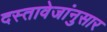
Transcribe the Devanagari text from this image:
दस्तावेजांनुसार